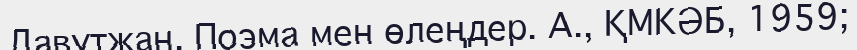
Давутжан. Поэма мен өлеңдер. А., ҚМКӘБ, 1959;